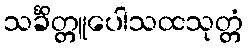
သင်္ခိတ္တူပေါသထသုတ္တံ